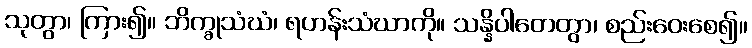
သုတွာ၊ ကြား၍။ ဘိက္ခုသံဃံ၊ ရဟန်းသံဃာကို။ သန္နိပါတေတွာ၊ စည်းဝေးစေ၍။